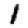
Digit: 1